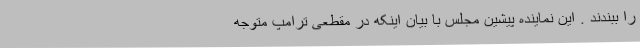
را ببندند . این نماینده پیشین مجلس با بیان اینکه در مقطعی ترامپ متوجه